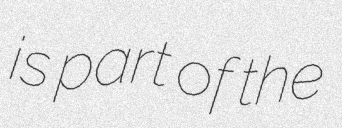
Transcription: is part of the